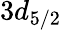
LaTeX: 3d_{5/2}